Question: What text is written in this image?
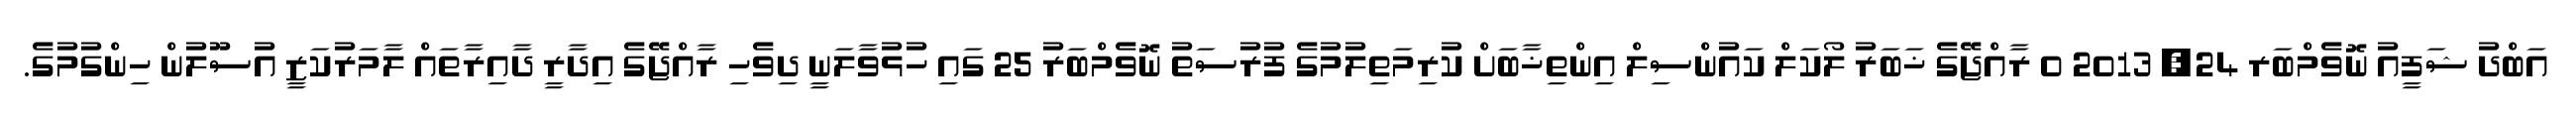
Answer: އަބްދު ޝަފީއު ނޮވެމްބަރ 24, 2013 0 ރާއްޖޭގެ ޚަބަރު ލޯކަލް ކައުންސިލް އިންތިޚާބަށް ކުރިމަތިލުމުގެ ފުރުސަތު ނޮވެމްބަރު 25 ގައި ހުޅުވާލަނީ ދިވެހި ރާއްޖޭގެ އިދާރީ ދާއިރާތައް ލާމަރުކަޒީ އުސޫލުން ހިންގުމުގެ.